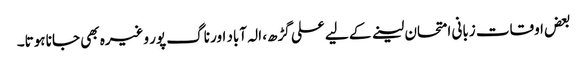
بعض اوقات زبانی امتحان لینے کے لیے علی گڑھ، الہ آباد اور ناگ پور وغیرہ بھی جانا ہوتا۔